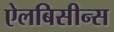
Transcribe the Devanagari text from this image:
ऐलबिसीन्स